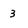
Character: 3